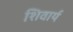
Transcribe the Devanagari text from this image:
शिवार्य